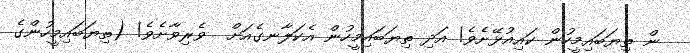
ން ތިޔަބައިމީހުން ކައިއުޅޭށެވެ! އަދި ތިޔަބައިމީހުން އެކަލާނގެއަށް  ވެރިވާށެވެ! (ތިޔަބައިމީހުންގެ